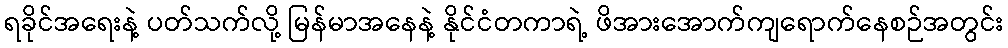
ရခိုင်အရေးနဲ့ ပတ်သက်လို့ မြန်မာအနေနဲ့ နိုင်ငံတကာရဲ့ ဖိအားအောက်ကျရောက်နေစဉ်အတွင်း